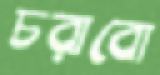
চরাবো